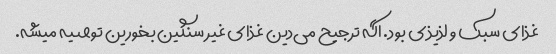
غذای سبک و لذیذی بود. اگه ترجیح می‌دین غذای غیر سنگین بخورین توصیه میشه.